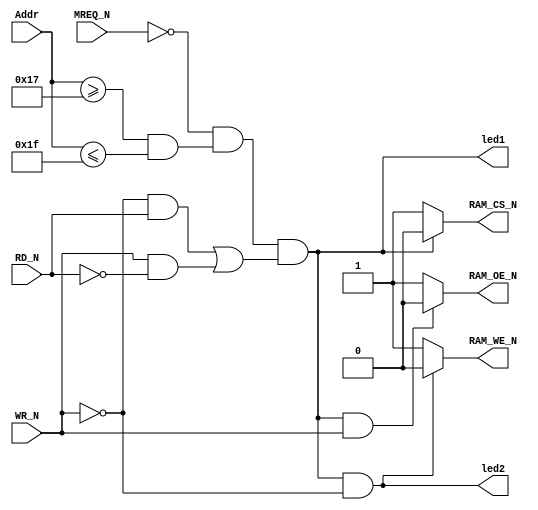
`timescale 1ns / 1ps

//RAM decoding
//Addr = A15 - A11
//A15 = Addr<4>, A14 = Addr<3>, A13 = Addr<2>, A12 = Addr<1>, A11 = Addr<0>
module top(/*Input*/ Addr, WR_N, RD_N, MREQ_N, /*Output*/ RAM_CS_N, RAM_OE_N, RAM_WE_N, /*Led*/ led1, led2);

	input wire[4:0] Addr;
	input wire WR_N;
	input wire RD_N;
	input wire MREQ_N;
	
	output wire RAM_CS_N;
	output wire RAM_OE_N;
	output wire RAM_WE_N;
	
	output wire led1;
	output wire led2;
	
	//RAM decoding
	//Laser 310 - Expension RAM B800h
	//B800h = 1011 1000 0000 0000
	//FFFFh = 1111 1111 1111 1111
	//Mask = 1111 1000 0000 0000
	//A15,A14,A13,A12,A11 range: [10111,11111] = [17,1F]

	//RAM_CS_N is low if : 1. /MREQ; 2. Valid Addr;	3. WR and RD are valid.
	assign RAM_CS_N = (MREQ_N==1'b0 && (Addr>=5'b1_0111 && Addr<=5'b1_1111)==1'b1 && ((WR_N==0 & RD_N==1) | (WR_N==1 & RD_N==0)) ) ? 1'b0 : 1'b1; 
	assign RAM_OE_N = (RAM_CS_N==0 && WR_N==1) ? 1'b0 : 1'b1;
	assign RAM_WE_N = (RAM_CS_N==0 && WR_N==0) ? 1'b0 : 1'b1;

	assign led1 = !RAM_CS_N;
	assign led2 = !RAM_WE_N;

endmodule